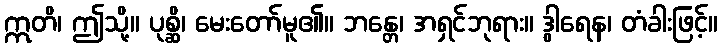
ဣတိ၊ ဤသို့။ ပုစ္ဆိ၊ မေးတော်မူ၏။ ဘန္တေ၊ အရှင်ဘုရား။ ဒွါရေန၊ တံခါးဖြင့်။